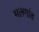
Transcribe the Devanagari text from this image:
मलगांव